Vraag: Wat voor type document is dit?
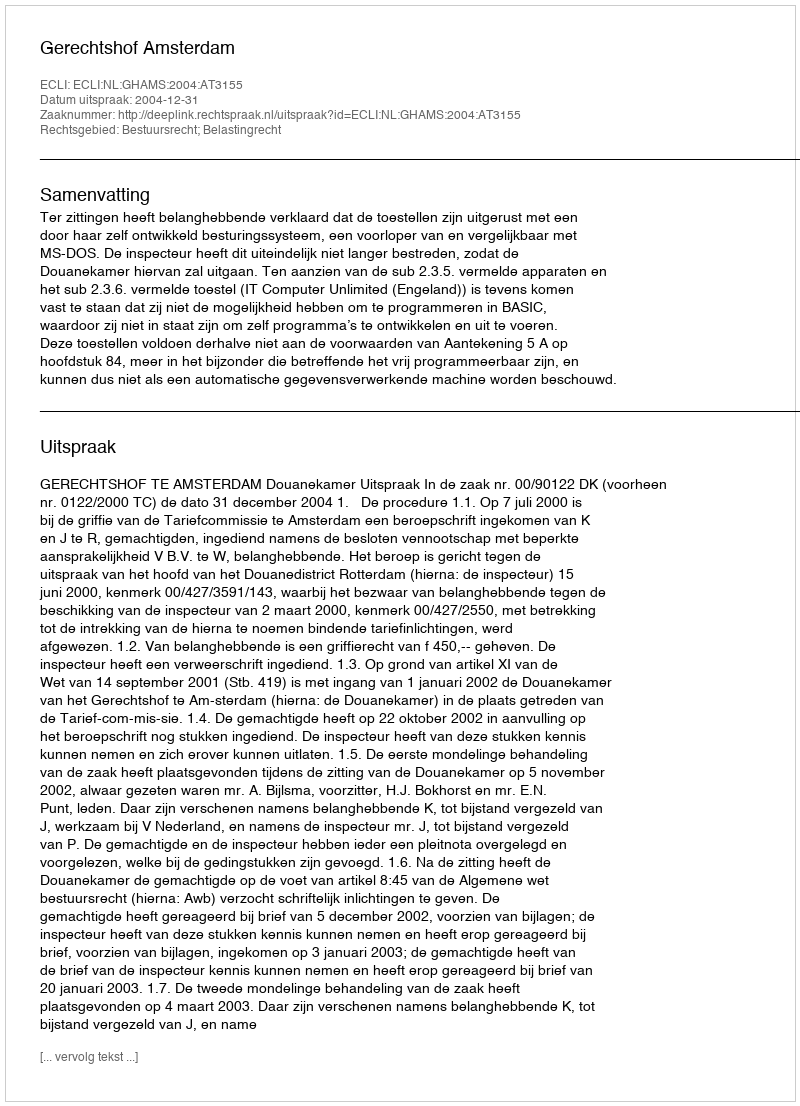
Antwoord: Uitspraak